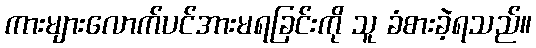
ကားများလောက်ပင်အားမရခြင်းကို သူ ခံစားခဲ့ရသည်။